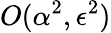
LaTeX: O(\alpha^{2},\epsilon^{2})